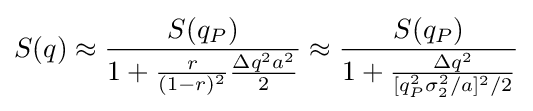
S(q)\approx {\frac {S(q_{P})}{1+{\frac {r}{(1-r)^{2}}}{\frac {\Delta q^{2}a^{2}}{2}}}}\approx {\frac {S(q_{P})}{1+{\frac {\Delta q^{2}}{[q_{P}^{2}\sigma _{2}^{2}/a]^{2}/2}}}}